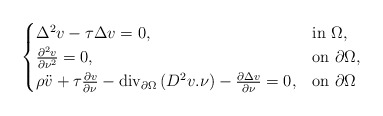
\begin{align*} \begin{cases}\Delta^2v-\tau\Delta v=0, & {\rm in}\ \Omega,\\ \frac{\partial^2v}{\partial\nu^2}=0, & {\rm on}\ \partial\Omega,\\\rho\ddot v+\tau\frac{\partial v}{\partial\nu}-{\rm div}_{\partial\Omega}\left(D^2v.\nu\right)-\frac{\partial\Delta v}{\partial\nu}=0, & {\rm on}\ \partial\Omega \end{cases}\end{align*}